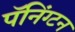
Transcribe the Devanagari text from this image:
पॅनिंग्टन